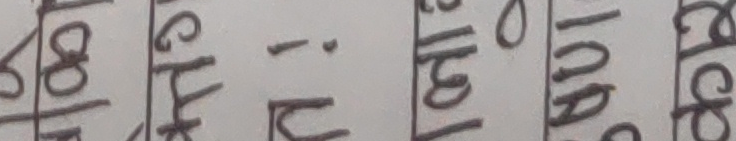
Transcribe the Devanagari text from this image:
चाहिन्छ ।